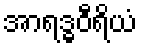
အာရဒ္ဓဝီရိယံ